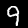
Digit: 9